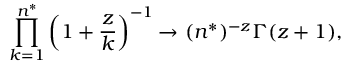
\prod _ { k = 1 } ^ { n ^ { * } } \left( 1 + \frac { z } { k } \right) ^ { - 1 } { \rightarrow } ~ ( n ^ { * } ) ^ { - z } \Gamma ( z + 1 ) ,